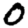
Digit: 0